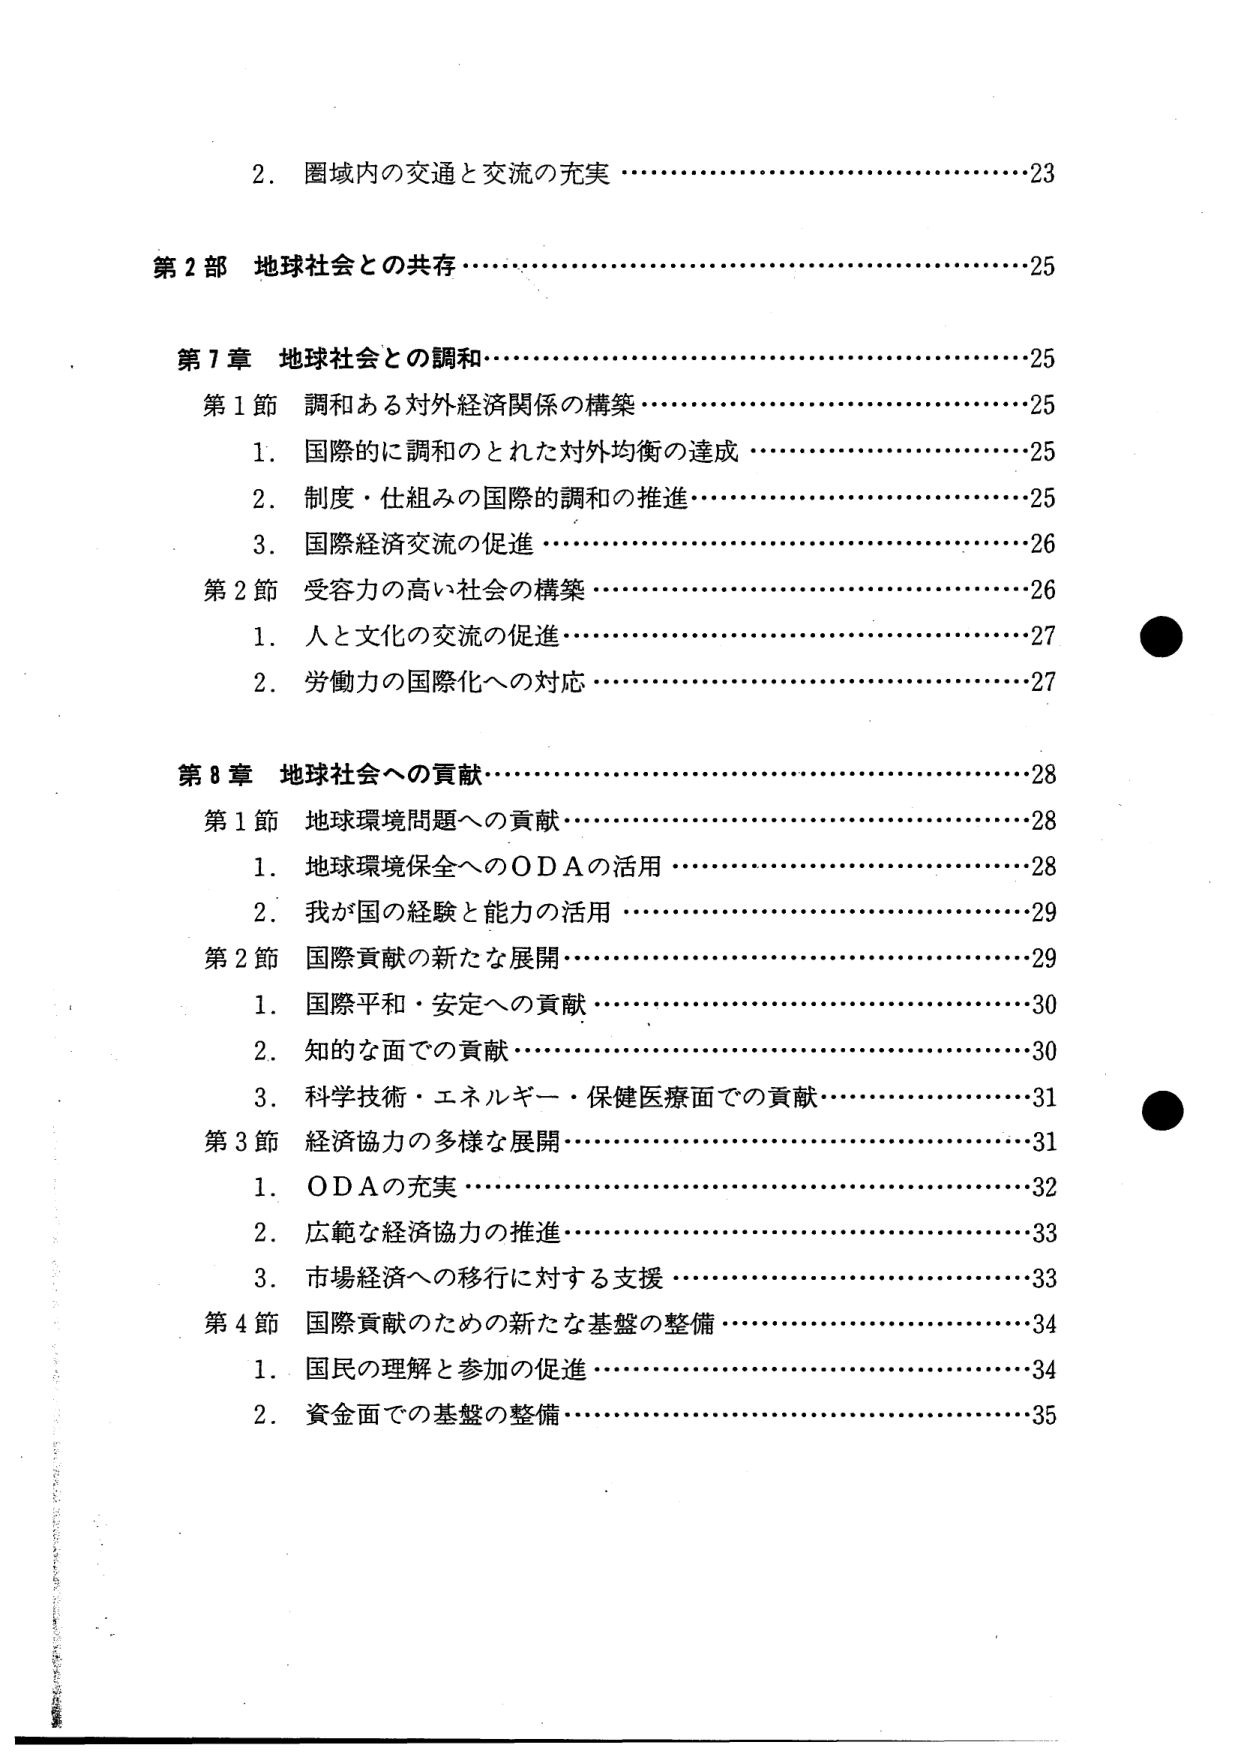
2. 圏域内の交通と交流の充実 …………………………………………23

第2部 地球社会との共存 ……………………………………………25

第7章 地球社会との調和 ……………………………………………25
第1節 調和ある対外経済関係の構築 ………………………………25
　1. 国際的に調和のとれた対外均衡の達成 ………………………25
　2. 制度・仕組みの国際的調和の推進 ……………………………25
　3. 国際経済交流の促進 ……………………………………………26
第2節 受容力の高い社会の構築 ……………………………………26
　1. 人と文化の交流の促進 …………………………………………27
　2. 労働力の国際化への対応 ………………………………………27

第8章 地球社会への貢献 ……………………………………………28
第1節 地球環境問題への貢献 ………………………………………28
　1. 地球環境保全へのODAの活用 …………………………………28
　2. 我が国の経験と能力の活用 ……………………………………29
第2節 国際貢献の新たな展開 ………………………………………29
　1. 国際平和・安定への貢献 ………………………………………30
　2. 知的な面での貢献 ………………………………………………30
　3. 科学技術・エネルギー・保健医療面での貢献 ………………31
第3節 経済協力の多様な展開 ………………………………………31
　1. ODAの充実 ………………………………………………………32
　2. 広範な経済協力の推進 …………………………………………33
　3. 市場経済への移行に対する支援 ………………………………33
第4節 国際貢献のための新たな基盤の整備 ………………………34
　1. 国民の理解と参加の促進 ………………………………………34
　2. 資金面での基盤の整備 …………………………………………35